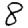
Digit: 8